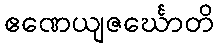
ဧဏေယျဇင်္ဃောတိ